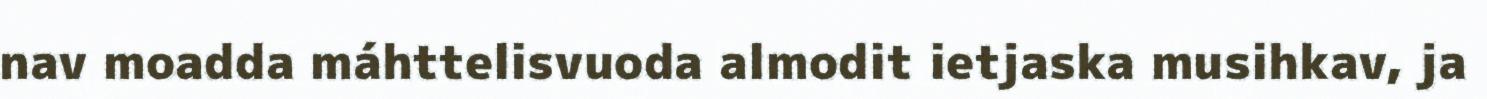
nav moadda máhttelisvuoda almodit ietjaska musihkav, ja